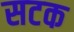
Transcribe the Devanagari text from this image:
सटक